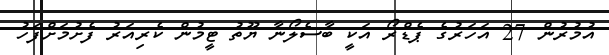
އުމުުރުން 27 އަހަރުގެ ޕެޑްރޯ އަކީ ބާސެލޯނާ ޔޫތު ޓީމުން ކެރިއަރު ފެށުމަށްފަހު